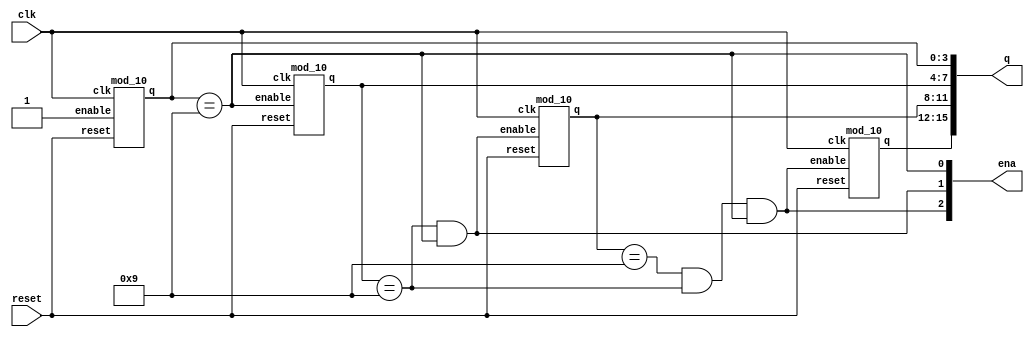
module top_module (
    input clk,
    input reset,   // Synchronous active-high reset
    output [3:1] ena,
    output [15:0] q);
    
    
    
    assign ena[1] = (q[3:0] == 4'd9);
    assign ena[2] = (q[7:4] == 4'd9) && (q[3:0] == 4'd9);
    assign ena[3] = (q[11:8] == 4'd9) && (q[7:4] == 4'd9) && (q[3:0] == 4'd9);
    
    mod_10 counter1(clk, reset, 1'b1, q[3:0]);
    mod_10 counter2(clk, reset, ena[1], q[7:4]);
    mod_10 counter3(clk, reset, ena[2], q[11:8]);
    mod_10 counter4(clk, reset, ena[3], q[15:12]);

endmodule





module mod_10(
	input clk,
	input reset, enable,
	output reg [3:0] q);
    reg [3:0]q_next;
	
    always @(posedge clk) begin
        if (reset || (q == 4'd9 && enable != 1'b0))	// Count to 10 requires rolling over 9->0 instead of the more natural 15->0
			q <= 0;
    	else if(enable == 1'b1)
			q <= q + 4'd1;
        else
            q <= q_next;
    end
    
    always@(*) begin
        q_next = q;
    end
	
endmodule